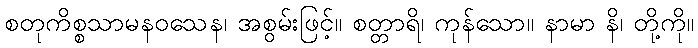
စတုကိစ္စသာမနဝသေန၊ အစွမ်းဖြင့်။ စတ္တာရိ၊ ကုန်သော။ နာမာ နိ၊ တို့ကို။